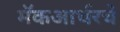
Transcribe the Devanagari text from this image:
मॅकआर्थरचे